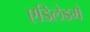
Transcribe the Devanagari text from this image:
एडिलेडमें